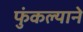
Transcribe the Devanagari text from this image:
फुंकल्याने